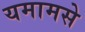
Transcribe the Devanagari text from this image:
यमामसे